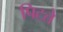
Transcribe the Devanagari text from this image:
पिटते